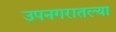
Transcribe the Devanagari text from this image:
उपनगरातल्या